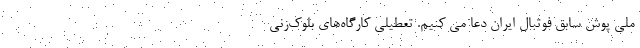
ملی پوش سابق فوتبال ایران دعا می کنیم. تعطیلی کارگاه‌های بلوک‌زنی